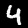
Digit: 4